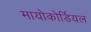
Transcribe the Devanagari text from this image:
मायोकोर्डियल